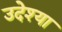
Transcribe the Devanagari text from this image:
उदेश्या